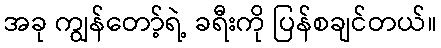
အခု ကျွန်တော့်ရဲ့ ခရီးကို ပြန်စချင်တယ်။